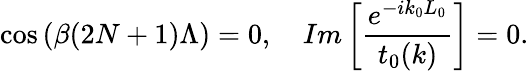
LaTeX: \cos\left(\beta(2N+1)\Lambda\right)=0,\ \ \ \ Im\left[\frac{e^{-ik_{0}L_{0}}}{t_{0}(k)}\right]=0.